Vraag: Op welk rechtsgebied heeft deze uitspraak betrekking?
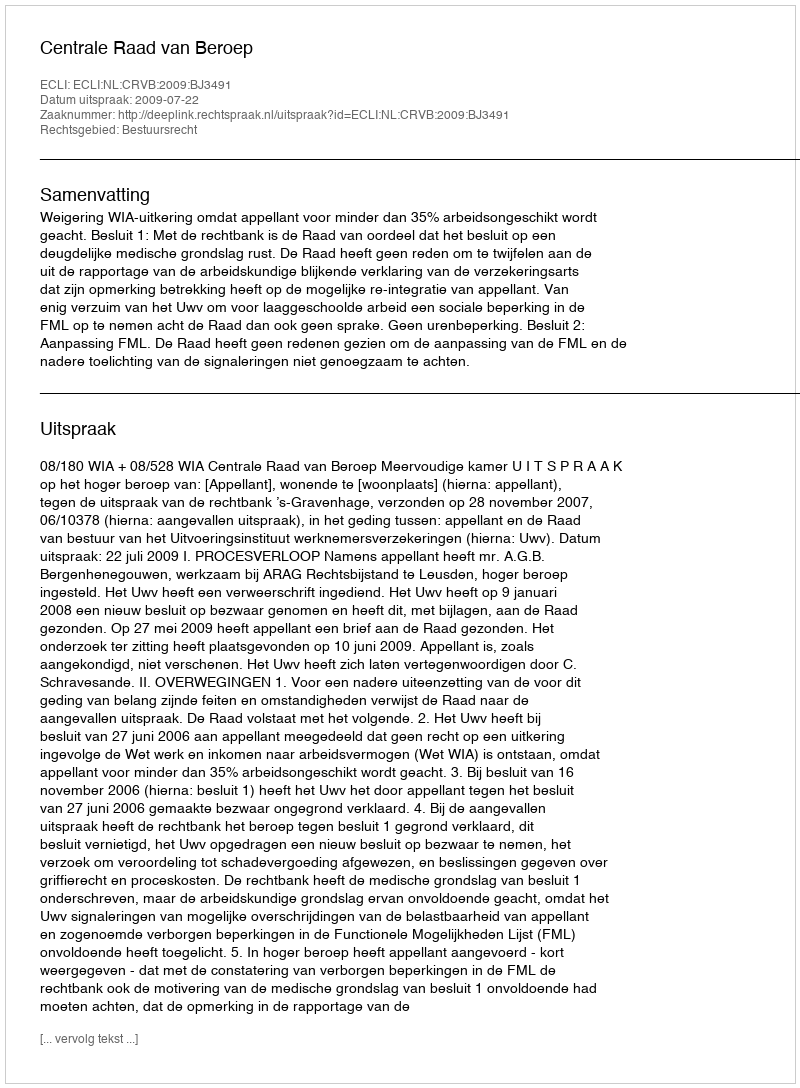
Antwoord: Bestuursrecht